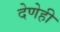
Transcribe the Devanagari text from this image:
देणेही